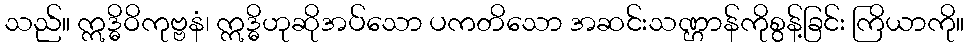
သည်။ ဣဒ္ဓိဝိကုဗ္ဗနံ၊ ဣဒ္ဓိဟုဆိုအပ်သော ပကတိသော အဆင်းသဏ္ဌာန်ကိုစွန့်ခြင်း ကြိယာကို။